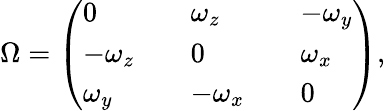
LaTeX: \Omega=\left(\begin{array}{lllll}{0}&{}&{\omega_{z}}&{}&{-\omega_{y}}\\ {-\omega_{z}}&{}&{0}&{}&{\omega_{x}}\\ {\omega_{y}}&{}&{-\omega_{x}}&{}&{0}\end{array}\right),